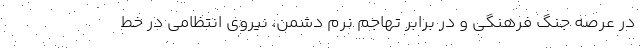
در عرصه جنگ فرهنگی و در برابر تهاجم نرم دشمن، نیروی انتظامی در خط